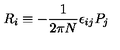
R _ { i } \equiv - { \frac { 1 } { 2 \pi N } } \epsilon _ { i j } P _ { j }